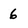
Character: 6